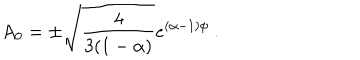
A _ { 0 } = \pm \sqrt { { \frac { 4 } { 3 ( 1 - \alpha ) } } } e ^ { ( \alpha - 1 ) \phi } \ .